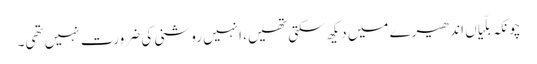
چونکہ بلّیاں اندھیرے میں دیکھ سکتی تھیں، انہیں روشنی کی ضرورت نہیں تھی۔